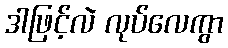
ဒါဖြင့်လဲ လုပ်လေကွာ